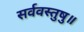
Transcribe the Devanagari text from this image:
सर्ववस्तुषु॥